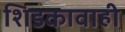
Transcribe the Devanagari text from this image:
शिडकावाही